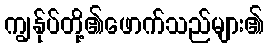
ကျွန်ုပ်တို့၏ဖောက်သည်များ၏